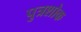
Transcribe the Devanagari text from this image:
पुत्रशोक